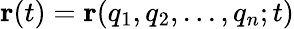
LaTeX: \mathbf{r}(t)=\mathbf{r}(q_{1},q_{2},...,q_{n};t)